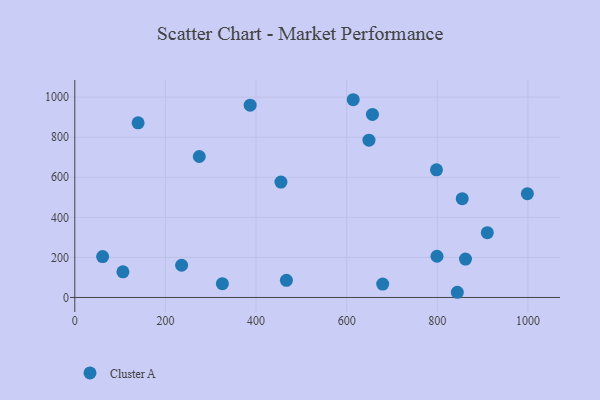
{"axis": {"x": "Ad Spend", "y": "Exam Score"}, "legend": ["Cluster A"], "data": [{"x": "649.2", "y": 785.2, "type": "Cluster A"}, {"x": "274.7", "y": 703.7, "type": "Cluster A"}, {"x": "106.2", "y": 128.2, "type": "Cluster A"}, {"x": "454.9", "y": 576.0, "type": "Cluster A"}, {"x": "799.3", "y": 205.8, "type": "Cluster A"}, {"x": "910.4", "y": 323.4, "type": "Cluster A"}, {"x": "387.0", "y": 959.8, "type": "Cluster A"}, {"x": "998.8", "y": 518.1, "type": "Cluster A"}, {"x": "61.4", "y": 204.3, "type": "Cluster A"}, {"x": "679.5", "y": 66.8, "type": "Cluster A"}, {"x": "798.2", "y": 637.0, "type": "Cluster A"}, {"x": "467.0", "y": 85.6, "type": "Cluster A"}, {"x": "139.7", "y": 871.7, "type": "Cluster A"}, {"x": "235.7", "y": 160.7, "type": "Cluster A"}, {"x": "656.9", "y": 913.6, "type": "Cluster A"}, {"x": "862.2", "y": 191.5, "type": "Cluster A"}, {"x": "844.2", "y": 25.9, "type": "Cluster A"}, {"x": "614.4", "y": 987.1, "type": "Cluster A"}, {"x": "855.0", "y": 493.2, "type": "Cluster A"}, {"x": "325.7", "y": 68.6, "type": "Cluster A"}]}